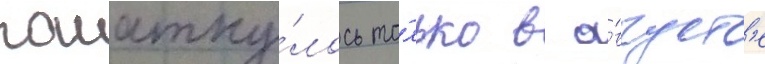
пошатну́лось то́лько в а́вгуст'е